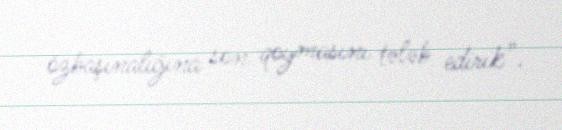
özbaşınalığına son qoymasını tələb edirik”.